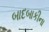
બાદબાકીના